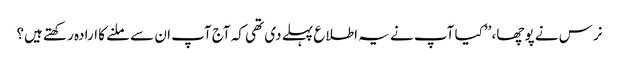
نرس نے پوچھا، ’’کیا آپ نے یہ اطلاع پہلے دی تھی کہ آج آپ ان سے ملنے کا ارادہ رکھتے ہیں؟